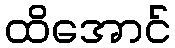
ထိအောင်